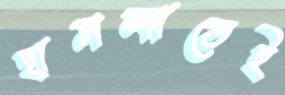
হামলাতেই